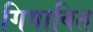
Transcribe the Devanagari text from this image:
गिगाबित